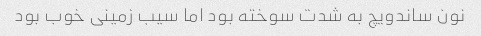
نون ساندویچ به شدت سوخته بود اما سیب زمینی خوب بود